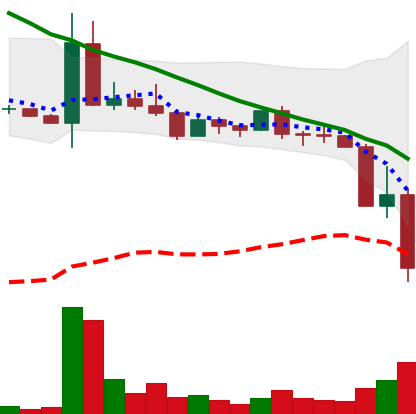
Ticker: DOGE-USD
Chart end date: 2022-05-11
Forward return: 3.854%
Label: up_3_5